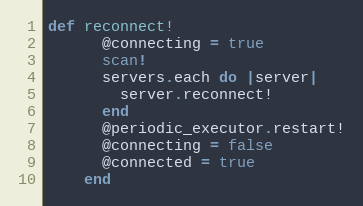
Language: Ruby
def reconnect!
      @connecting = true
      scan!
      servers.each do |server|
        server.reconnect!
      end
      @periodic_executor.restart!
      @connecting = false
      @connected = true
    end